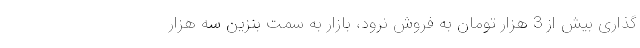
‌گذاری بیش از 3 هزار تومان به فروش نرود، بازار به سمت بنزین سه هزار